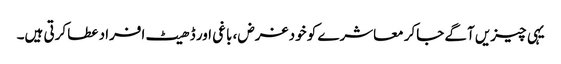
یہی چیزیں آگے جاکر معاشرے کو خود غرض، باغی اور ڈھیٹ افراد عطا کرتی ہیں۔